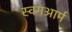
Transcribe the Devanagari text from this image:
स्विंगआर्म